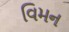
વિમન